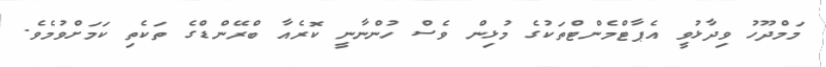
މަމްދޫހު ވިދާޅުވީ އެޕާޓްމެންޓްތަކުގެ މުޅިން ވެސް ހުންނާނީ ކޮރެއާ ބްރޭންޑްގެ ތަކެތި ކަމަށްވުމެވެ.